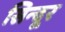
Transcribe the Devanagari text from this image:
सिन्‍दूर